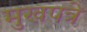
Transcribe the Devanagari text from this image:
मुखपत्रे